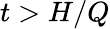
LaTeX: t>H/Q